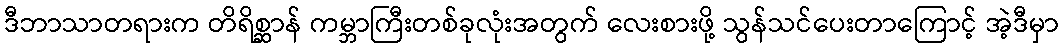
ဒီဘာသာတရားက တိရိစ္ဆာန် ကမ္ဘာကြီးတစ်ခုလုံးအတွက် လေးစားဖို့ သွန်သင်ပေးတာကြောင့် အဲ့ဒီမှာ